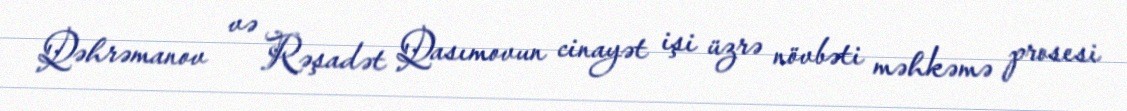
Qəhrəmanov və Rəşadət Qasımovun cinayət işi üzrə növbəti məhkəmə prosesi